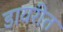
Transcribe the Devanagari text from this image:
डायरीत